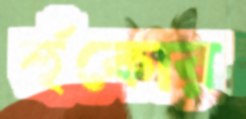
হুঁকোর